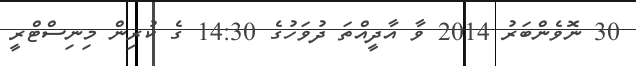
30 ނޮވެންބަރު 2014 ވާ އާދީއްތަ ދުވަހުގެ 14:30 ގެ ކުރިން މިނިސްޓްރީ